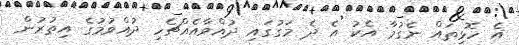
އެ ހޮޅިތައް ނެގުމާ އެކު އެ ދެ މަގުގައި ދުއްވާއެއްޗެހި ދުއްވުމުގެ އިތުރުން